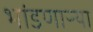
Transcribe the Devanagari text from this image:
भांडणाऱ्या